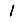
Digit: 1